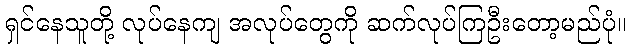
ရှင်နေသူတို့ လုပ်နေကျ အလုပ်တွေကို ဆက်လုပ်ကြဦးတော့မည်ပုံ။